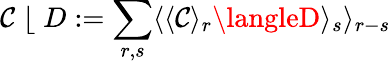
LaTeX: \mathcal{C}\; \lfloor\; D:=\sum_{r,s}\langle\langle\mathcal{C}\rangle_{r}\langleD\rangle_{s}\rangle_{r-s}